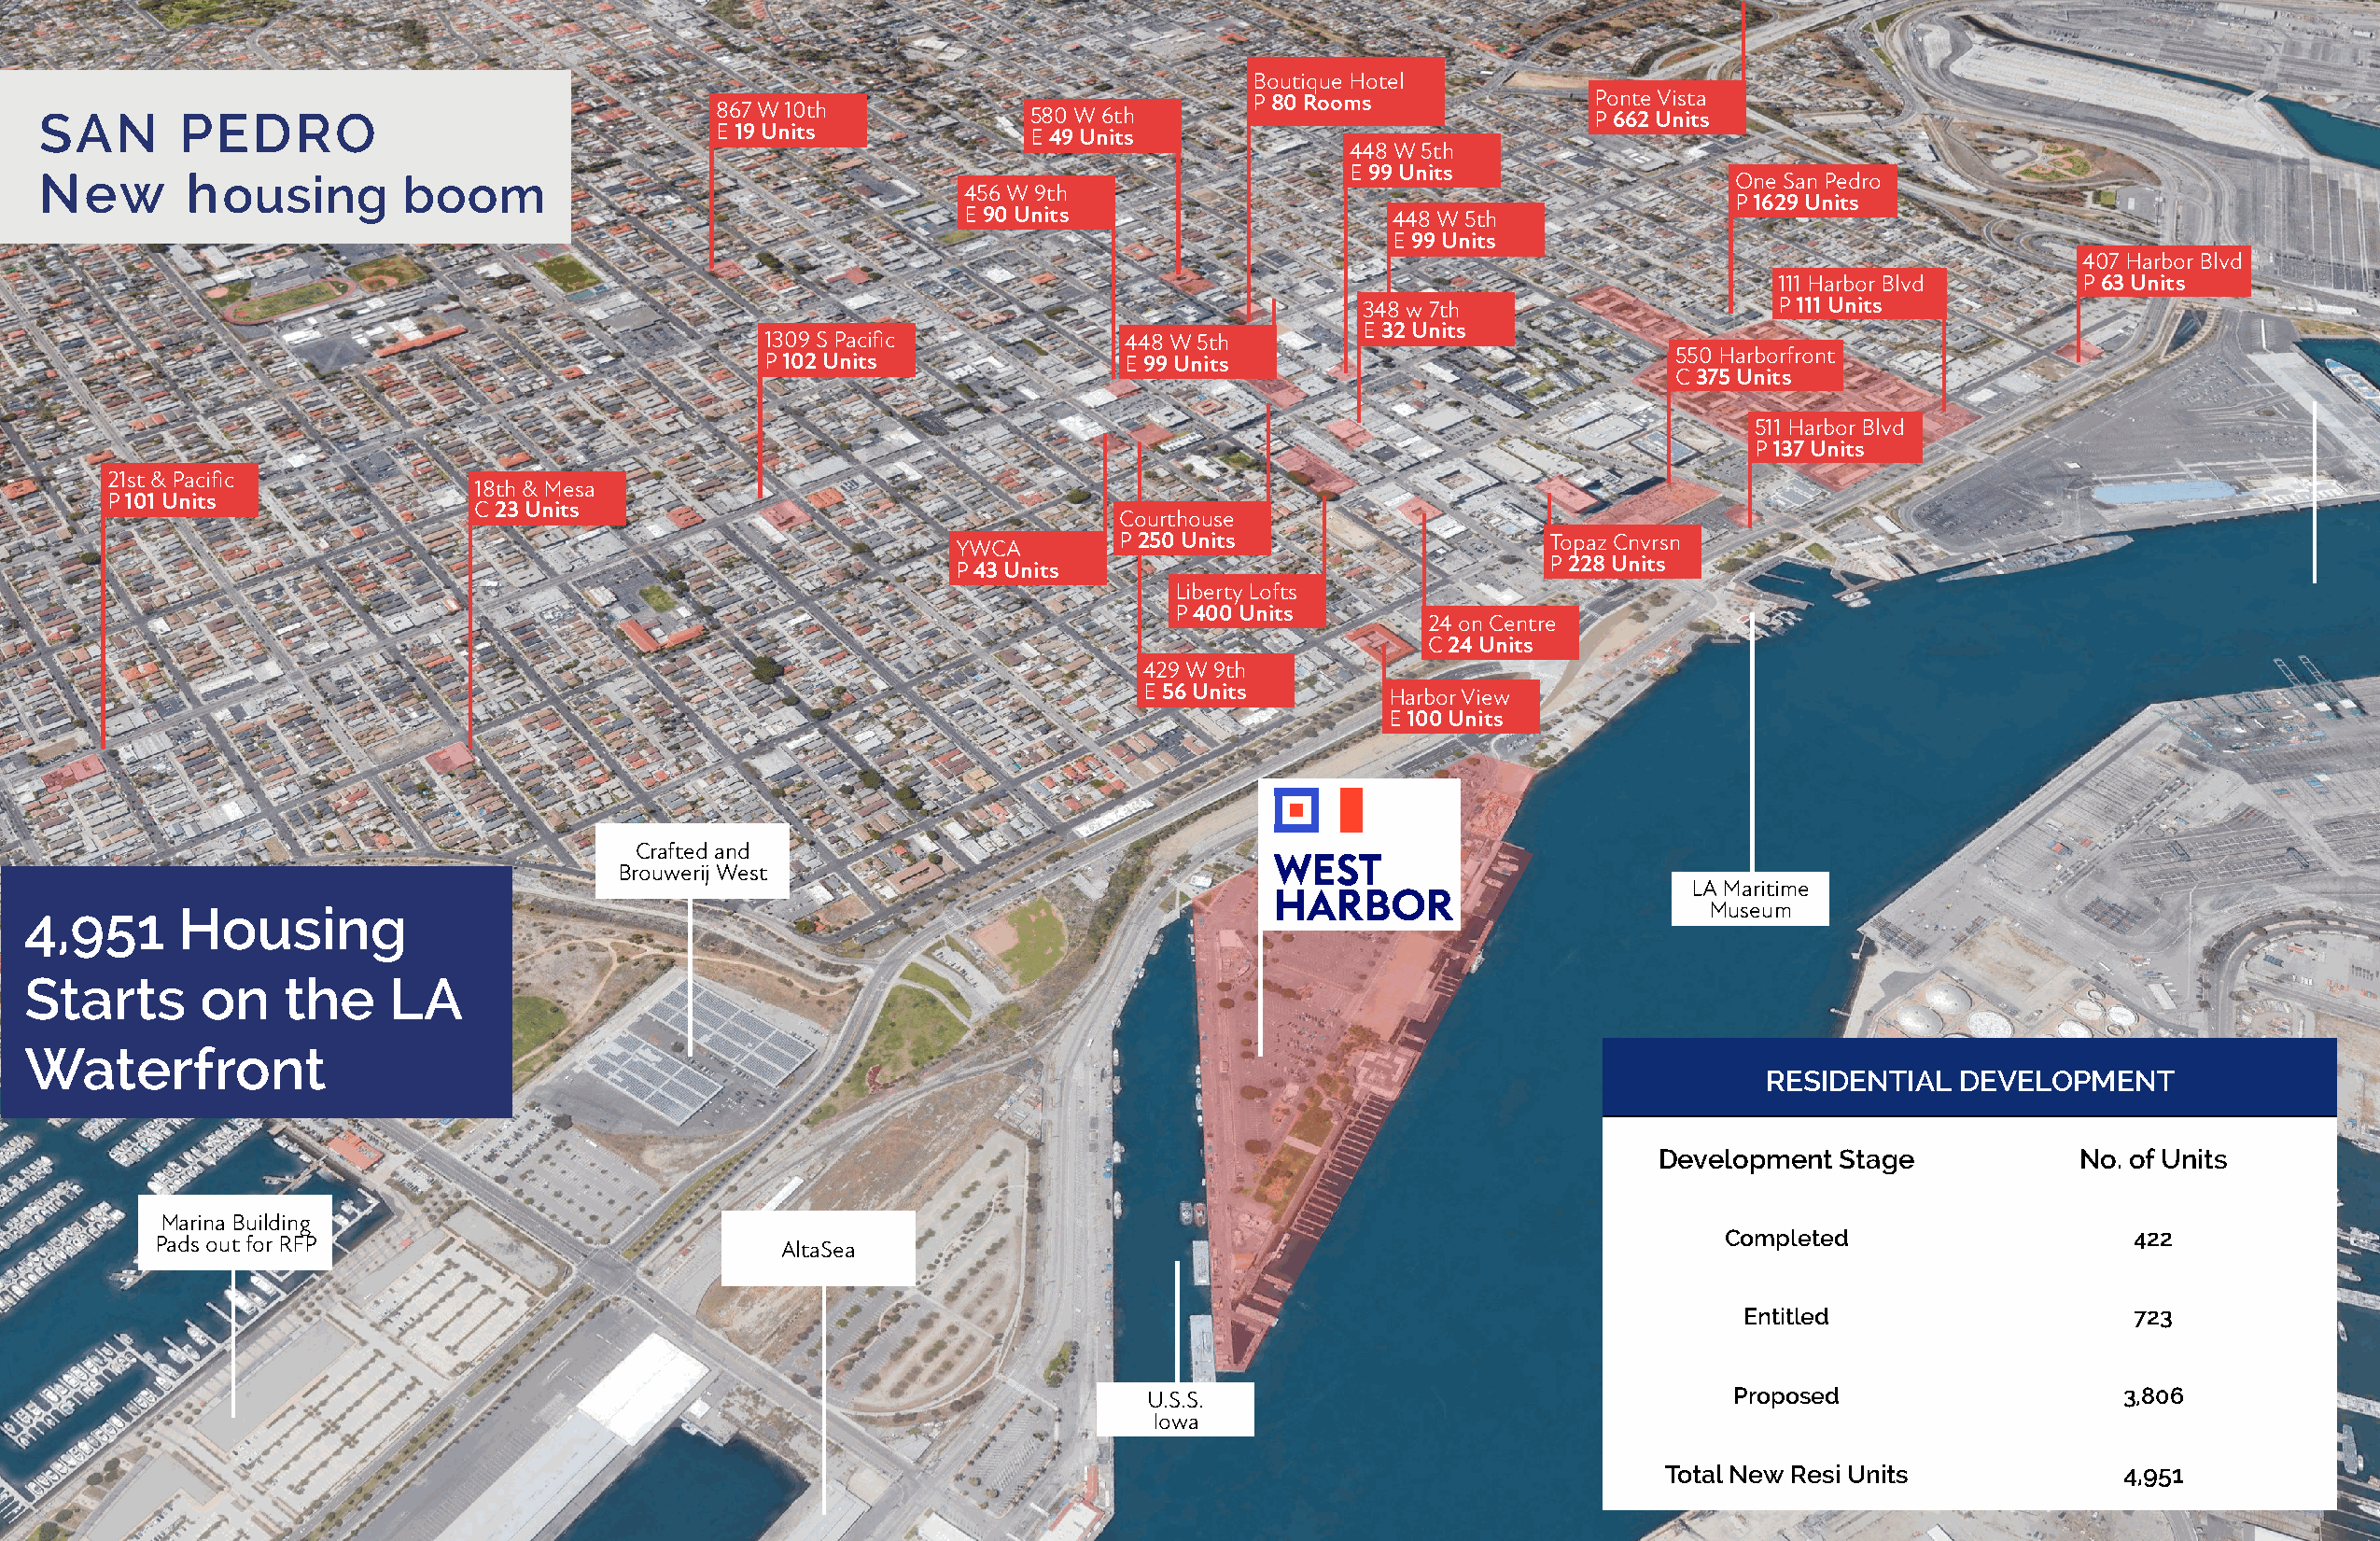
Boutique Hotel
 P 80 Rooms              Ponte Vista
 SAN       PEDRO                                 867 W 10th            580 W 6th                               P 662 Units
 E 19 Units            E 49 Units
 448 W 5th
 E 99 Units
 New       housing         boom                                                                                          One San Pedro
 456 W 9th
 P 1629 Units
 E 90 Units                     448 W 5th
 E 99 Units
 407 Harbor Blvd
 111 Harbor Blvd       P 63 Units
 348 w 7th                    P 111 Units
 E 32 Units
 1309 S Pacifi c           448 W 5th
 P 102 Units               E 99 Units                             550 Harborfront
 C 375 Units
 511 Harbor Blvd
 P 137 Units
 21st & Pacifi c
 18th & Mesa
 P 101 Units
 C 23 Units
 Courthouse
 P 250 Units                    Topaz Cnvrsn
 YWCA
 P 228 Units
 P 43 Units
 Liberty Lofts
 P 400 Units
 24 on Centre
 C 24 Units
 429 W 9th
 E 56 Units       Harbor View
 E 100 Units
 Crafted and
 Brouwerij West
 LA Maritime
 4,951      Housing                                                                                                     Museum
 Starts      on    the     LA
 Waterfront
 RESIDENTIAL   DEVELOPMENT
 Development  Stage           No. of Units
 Marina Building
 Completed                    422
 Pads out for RFP                            AltaSea
 Entitled                   723
 U.S.S.                                    Proposed                    3,806
 Iowa
 Total New Resi Units             4,951